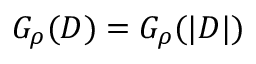
G _ { \rho } ( D ) = G _ { \rho } ( | D | )